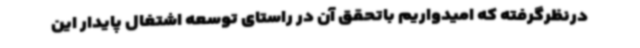
درنظرگرفته که امیدواریم باتحقق آن در راستای توسعه اشتغال پایدار این